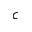
c